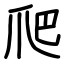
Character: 爬